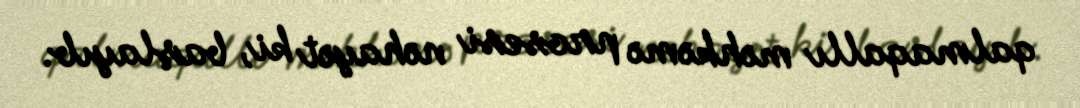
qalmaqallı məhkəmə prosesi nəhayət ki, başlayıb.